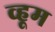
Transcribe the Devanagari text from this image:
व्हूम